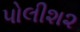
પોલીશ૨